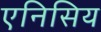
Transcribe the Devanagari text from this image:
एनिसिय